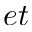
e t